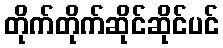
တိုက်တိုက်ဆိုင်ဆိုင်ပင်